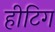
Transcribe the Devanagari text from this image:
हीटिग